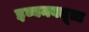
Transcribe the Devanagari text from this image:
इब्बनबतूता